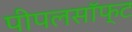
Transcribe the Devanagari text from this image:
पीपलसॉफ्ट